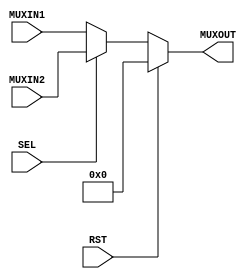
module mux(MUXIN1, MUXIN2, MUXOUT, SEL, RST);

input RST;
input SEL;
input [31:0] MUXIN1;
input [31:0] MUXIN2;

output reg [31:0] MUXOUT;

always @(*) begin
    if(RST == 1) MUXOUT = 32'b0; else
        MUXOUT = SEL ? MUXIN2 : MUXIN1;
    $display("IN1: %d, IN2: %d, SEL: %b, OUT: %d", MUXIN1, MUXIN2, SEL, MUXOUT);
        
end

endmodule